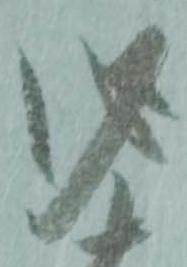
必